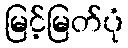
မြင့်မြတ်ပုံ